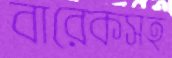
বারেকসহ